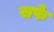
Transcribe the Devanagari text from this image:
सफे